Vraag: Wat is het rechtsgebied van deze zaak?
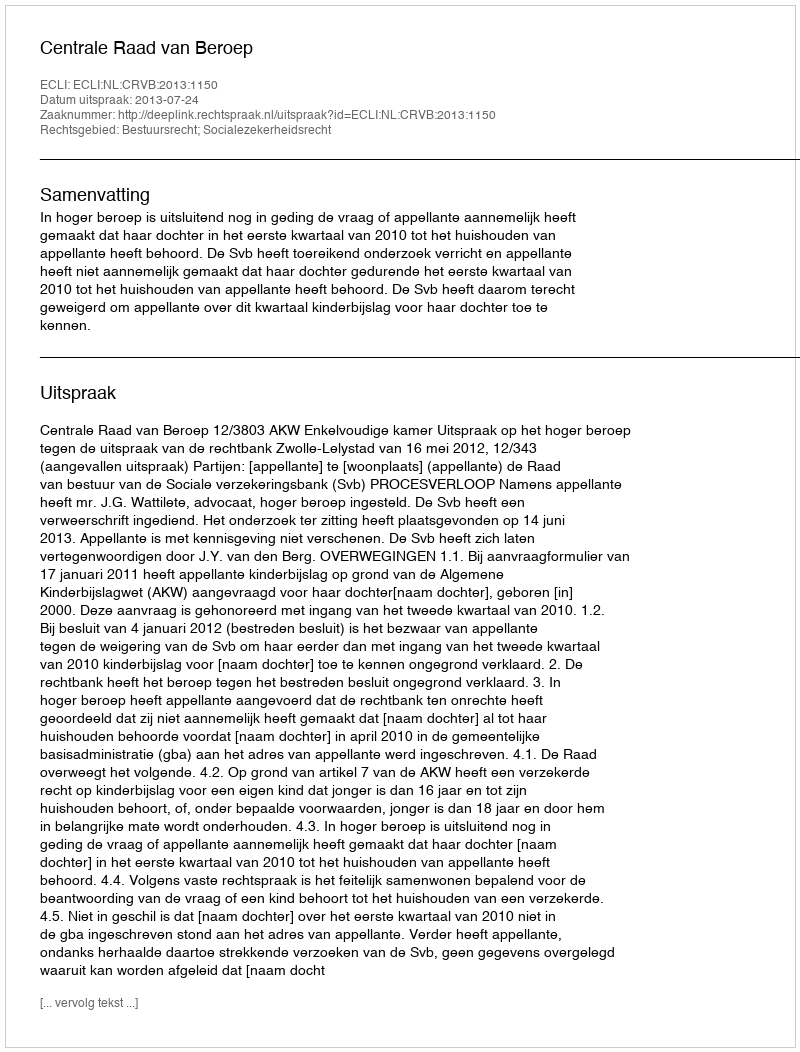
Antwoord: Bestuursrecht; Socialezekerheidsrecht